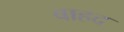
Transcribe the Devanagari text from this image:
वाहद